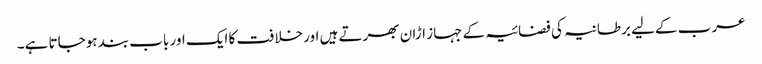
عرب کےلیے برطانیہ کی فضائیہ کے جہاز اڑان بھرتے ہیں اور خلافت کا ایک اور باب بند ہوجاتا ہے۔